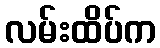
လမ်းထိပ်က